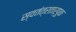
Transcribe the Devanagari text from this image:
स्वतंत्रतार्पूक